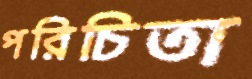
পরিচিতা